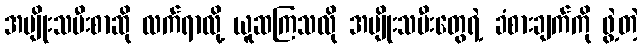
အမျိုးသမီးစာဆို လက်ရာလို့ ယူဆကြသလို အမျိုးသမီးတွေရဲ့ ခံစားချက်ကို ဖွဲ့တဲ့